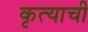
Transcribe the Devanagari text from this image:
कृत्याची